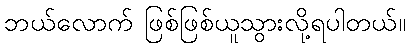
ဘယ်လောက် ဖြစ်ဖြစ်ယူသွားလို့ရပါတယ်။